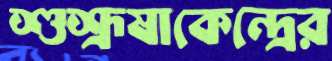
শুশ্রূষাকেন্দ্রের